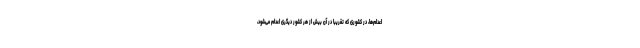
اعدام‌ها، در کشوری که تقریباً در آن بیش از هر کشور دیگری اعدام می‌شود،